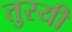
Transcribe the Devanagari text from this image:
तुरयी